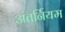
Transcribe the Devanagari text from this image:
अंतर्नियम